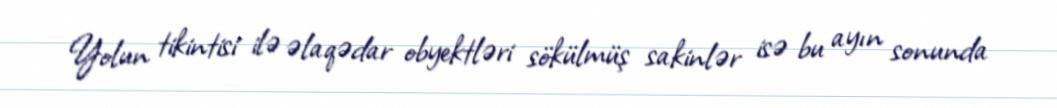
Yolun tikintisi ilə əlaqədar obyektləri sökülmüş sakinlər isə bu ayın sonunda